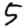
Digit: 5